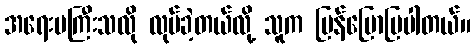
အရေးမကြီးသလို လုပ်ခဲ့တယ်လို့ သူက ပြန်ပြောပြပါတယ်။